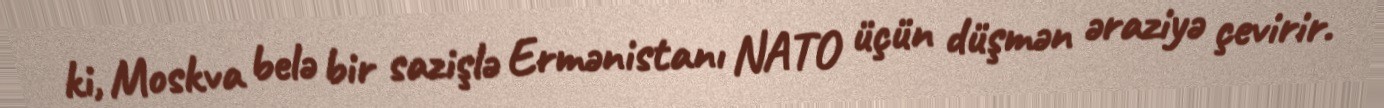
ki, Moskva belə bir sazişlə Ermənistanı NATO üçün düşmən əraziyə çevirir.